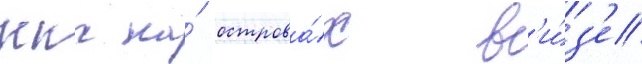
ккс на́ острова́х в'и́з'е